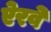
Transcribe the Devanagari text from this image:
ऐरवे